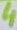
Text: 4